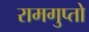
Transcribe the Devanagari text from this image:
रामगुप्तो